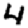
Digit: 4